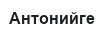
Антонийге